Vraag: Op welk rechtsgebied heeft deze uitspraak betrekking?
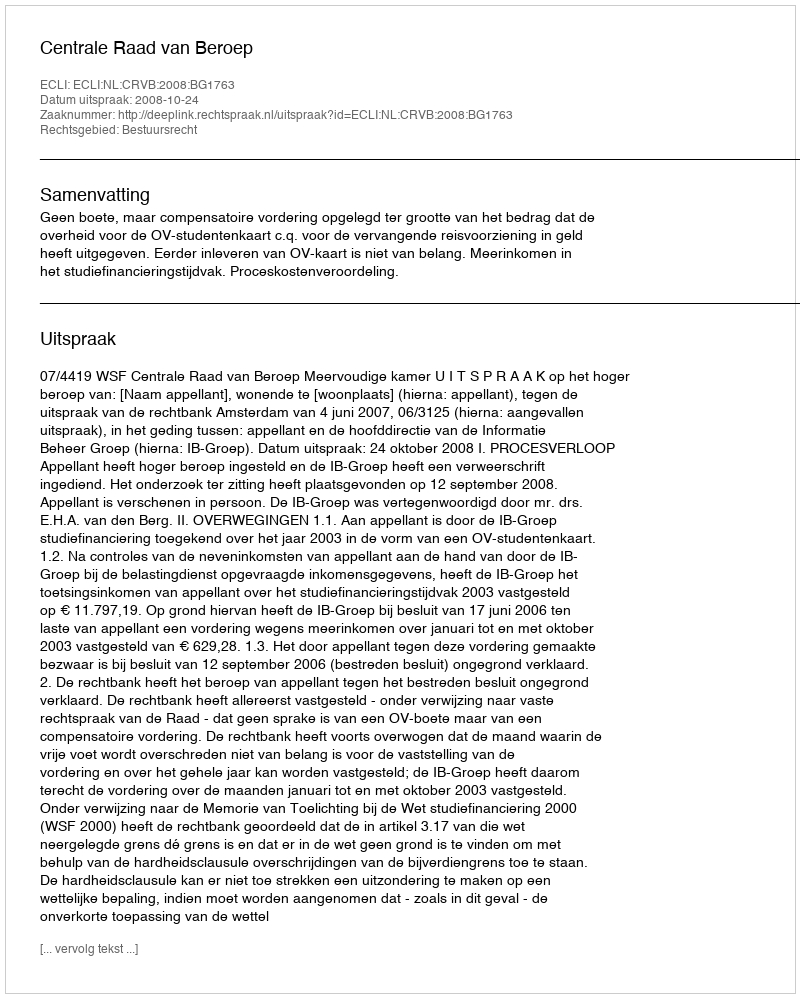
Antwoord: Bestuursrecht